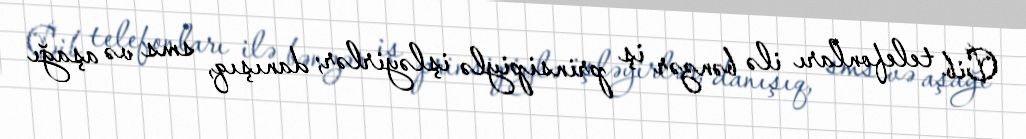
Cib telefonları ilə bənzər iş prinsipiylə işləyirlər; danışıq, sms və aşağı